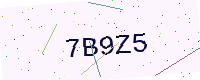
Text: 7B9Z5